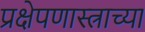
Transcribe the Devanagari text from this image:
प्रक्षेपणास्त्राच्या